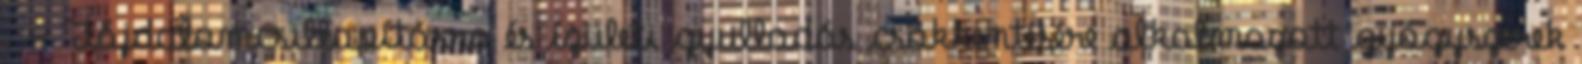
. - Fájdalomcsillapításra és ízületi gyulladás csökkentésére alkalmazott gyógyszerek